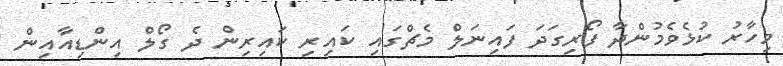
މިހާރު ކުޅެވެމުންދާ ފޯރިގަދަ ފައިނަލް މެޗްގައި ކައިރި ކައިރިން ދެ ގޯލް އިންޑިއާއިން